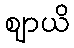
ဈာယိ